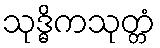
သုဒ္ဓိကသုတ္တံ